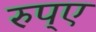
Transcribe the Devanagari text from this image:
रुप्ए